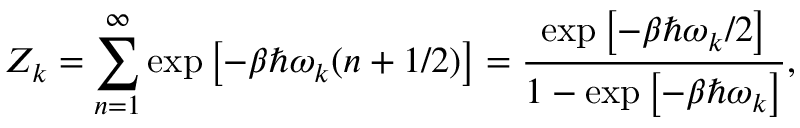
Z _ { k } = \sum _ { n = 1 } ^ { \infty } \exp \left[ - \beta \hbar \omega _ { k } ( n + 1 / 2 ) \right] = \frac { \exp \left[ - \beta \hbar \omega _ { k } / 2 \right] } { 1 - \exp \left[ - \beta \hbar \omega _ { k } \right] } ,